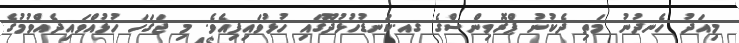
މިއަދު ހެނދުނު މަތި ދެކުނު ޕްރޮވިންސްގެ ގއ.ކަނޑުހުޅުދޫގައި ހުޅުވައިފިއެވެ. މި ޖަގަހަ ހުޅުއްވައިދެއްވުމުގެ